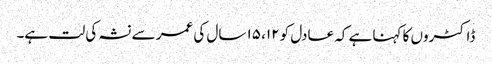
ڈاکٹروں کا کہنا ہے کہ عادل کو ۱۲، ۱۵ سال کی عمر سے نشہ کی لت ہے۔